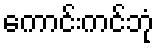
ကောင်းကင်ဘုံ